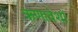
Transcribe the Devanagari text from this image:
ऋणावेशों